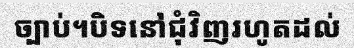
ច្បាប់។បិទនៅជុំវិញរហូតដល់